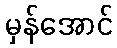
မှန်အောင်